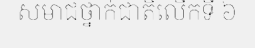
សមាជថ្នាក់ជាតិលើកទី ៦